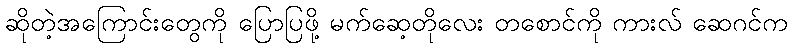
ဆိုတဲ့အကြောင်းတွေကို ပြောပြဖို့ မက်ဆေ့တိုလေး တစောင်ကို ကားလ် ဆေဂင်က